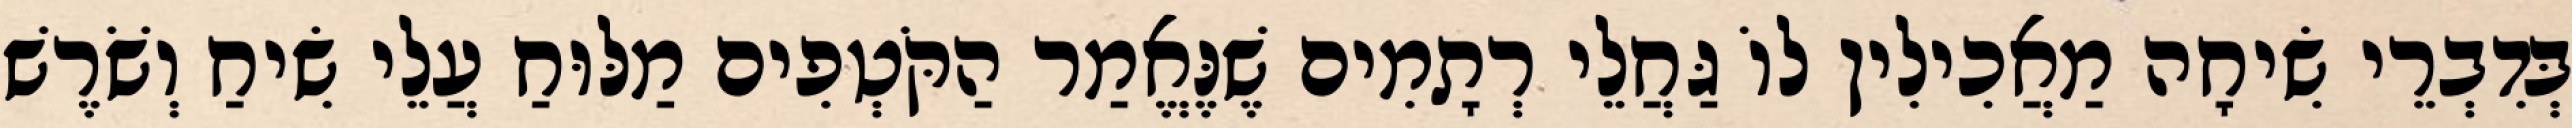
בְּדִבְרֵי שִׂיחָה מַאֲכִילִין לוֹ גַּחֲלֵי רְתָמִים שֶׁנֶּאֱמַר הַקֹּטְפִים מַלּוּחַ עֲלֵי שִׂיחַ וְשֹׁרֶשׁ